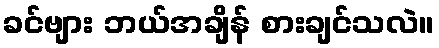
ခင်ဗျား ဘယ်အချိန် စားချင်သလဲ။